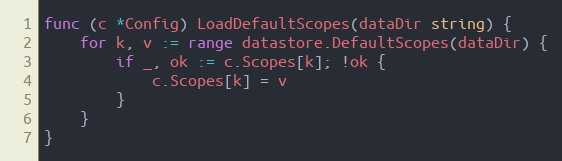
Language: Go
func (c *Config) LoadDefaultScopes(dataDir string) {
	for k, v := range datastore.DefaultScopes(dataDir) {
		if _, ok := c.Scopes[k]; !ok {
			c.Scopes[k] = v
		}
	}
}